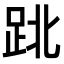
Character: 𨀈